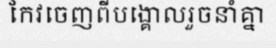
កែវចេញពីបង្គោលរួចនាំគ្នា